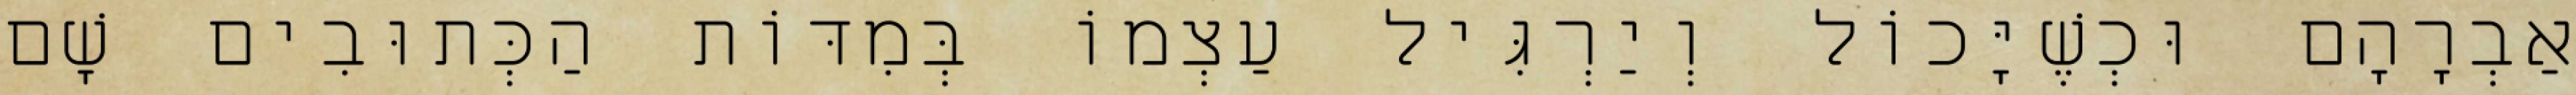
אַבְרָהָם וּכְשֶׁיָּכוֹל וְיַרְגִּיל עַצְמוֹ בְּמִדּוֹת הַכְּתוּבִים שָׁם